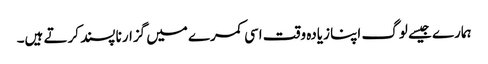
ہمارے جیسے لوگ اپنا زیادہ وقت اسی کمرے میں گزارنا پسند کرتے ہیں۔